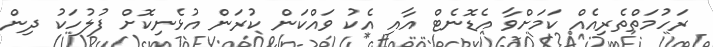
ރަހުމަތްތެރިއެއް ކަމަށްވާ އެޑޮނެޓް އާއި އެކު ވައްކަން ކުރަން އުޅެނިކޮށް ފުލުހަކު ދިން